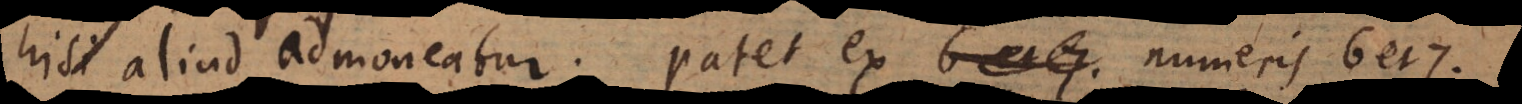
nisi aliud admoneatur. Patet ex numeris 6 et 7.